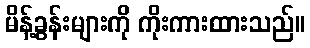
မိန့်ခွန်းများကို ကိုးကားထားသည်။